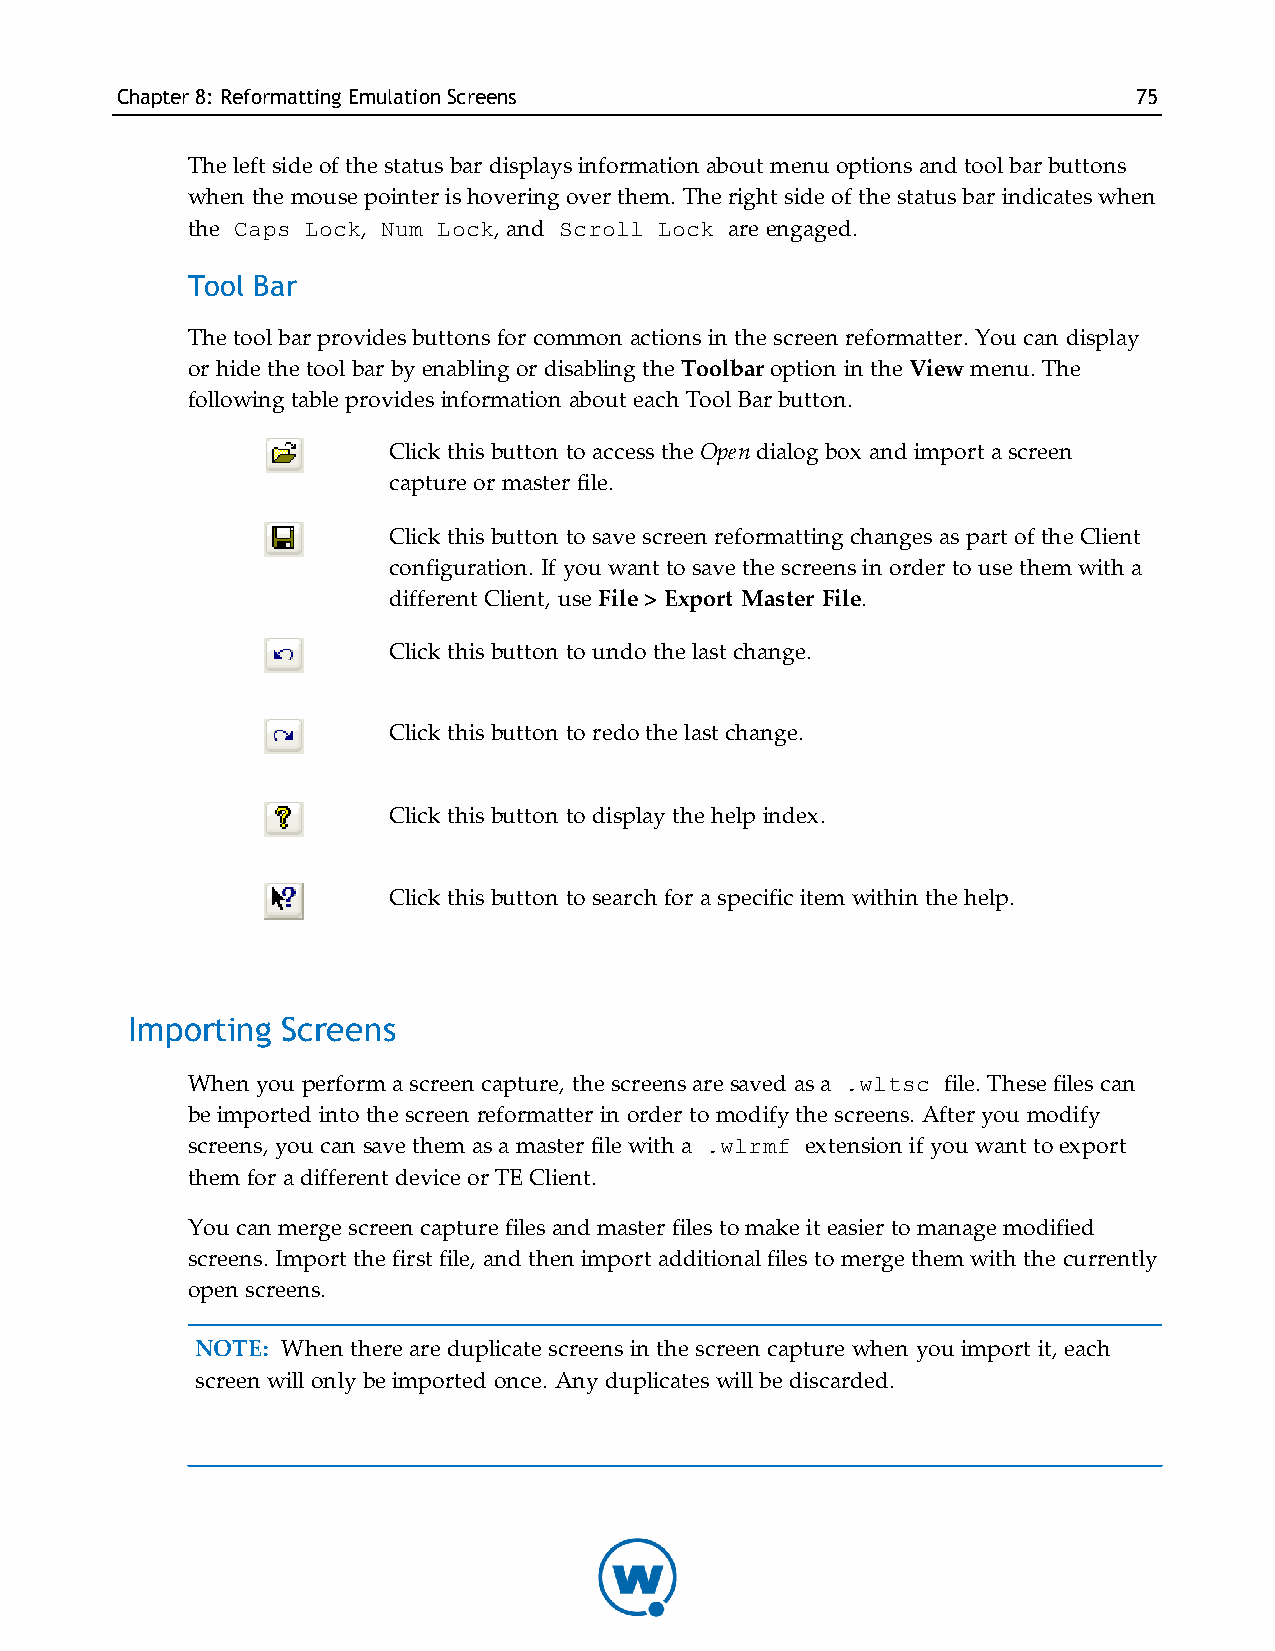
Chapter8: Reformatting EmulationScreens                            75
 The left side of the status bar displays information about menu options and tool bar buttons
 when the mouse pointer is hovering over them. The right side of the status bar indicates when
 the Caps Lock, Num Lock, and Scroll Lock are engaged.
 Tool Bar
 The tool bar provides buttons for common actions in the screen reformatter. You can display
 or hide the tool bar by enabling or disabling the Toolbar option in the View menu. The
 following table provides information about each Tool Bar button.
 Click this button to access the Open dialog box and import a screen
 capture or master file.
 Click this button to save screen reformatting changes as part of the Client
 configuration. If you want to save the screens in order to use them with a
 different Client, use File > Export Master File.
 Click this button to undo the last change.
 Click this button to redo the last change.
 Click this button to display the help index.
 Click this button to search for a specific item within the help.
 Importing  Screens
 When you perform a screen capture, the screens are saved as a .wltsc file. These files can
 be imported into the screen reformatter in order to modify the screens. After you modify
 screens, you can save them as a master file with a .wlrmf extension if you want to export
 them for a different device or TE Client.
 You can merge screen capture files and master files to make it easier to manage modified
 screens. Import the first file, and then import additional files to merge them with the currently
 open screens.
 NOTE: When there are duplicate screens in the screen capture when you import it, each
 screen will only be imported once. Any duplicates will be discarded.